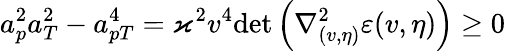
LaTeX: a_{p}^{2}a_{T}^{2}-a_{pT}^{4}=\varkappa^{2}v^{4}\mathrm{det}\left(\nabla_{(v,\eta)}^{2}\varepsilon(v,\eta)\right)\geq 0